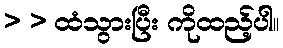
> > ထံသွားပြီး ကိုထည့်ပါ။